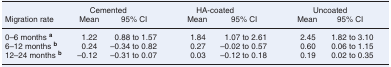
<table><thead><tr><td></td><td colspan="2"><b>Cemented</b></td><td colspan="2"><b>HA-coated</b></td><td colspan="2"><b>Uncoated</b></td></tr><tr><td><b>Migration rate</b></td><td><b>Mean </b></td><td><b>95% CI</b></td><td><b>Mean </b></td><td><b>95% CI</b></td><td><b>Mean </b></td><td><b>95% CI</b></td></tr></thead><tbody><tr><td>0–6 months <b><sup>a</sup></b></td><td>1.22 </td><td>0.88 to 1.57</td><td>1.84 </td><td>1.07 to 2.61</td><td>2.45 </td><td>1.82 to 3.10</td></tr><tr><td>6–12 months <b><sup>b</sup></b></td><td>0.24 </td><td>–0.34 to 0.82</td><td>0.27 </td><td>–0.02 to 0.57</td><td>0.60</td><td>0.06 to 1.15</td></tr><tr><td>12–24 months <b><sup>b</sup></b></td><td>–0.12</td><td>–0.31 to 0.07 </td><td>0.03 </td><td>–0.12 to 0.18 </td><td>0.19</td><td>0.02 to 0.35</td></tr></tbody></table>